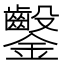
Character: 𨰢